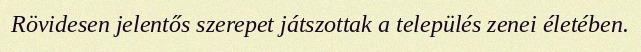
Rövidesen jelentős szerepet játszottak a település zenei életében.